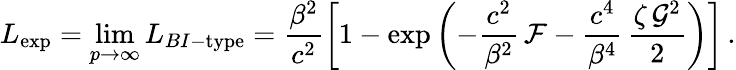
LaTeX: L_{\textrm{exp}}=\operatorname*{lim}_{p\rightarrow\infty}L_{BI-\textrm{type}}=\frac{\beta^{2}}{c^{2}}\left[1-\textrm{exp}\left(-\frac{c^{2}}{\beta^{2}}\, \mathcal{F}-\frac{c^{4}}{\beta^{4}}\, \frac{\zeta\, \mathcal{G}^{2}}{2}\right)\right]\, .